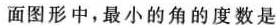
面图形中，最小的角的度数是